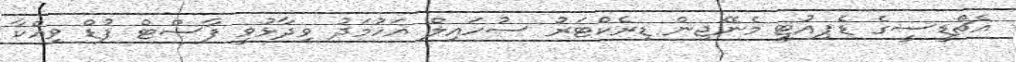
އެޗްޑީސީގެ ޑެޕިއުޓީ މެނޭޖިން ޑިރެކްޓަރު ސުހައިލް އަހުމަދު ވިދާޅުވީ ފާސްޓް ފުޑް ވިއްކާ